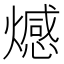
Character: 𤐉